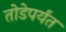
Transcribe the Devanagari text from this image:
तोडेपर्यंत